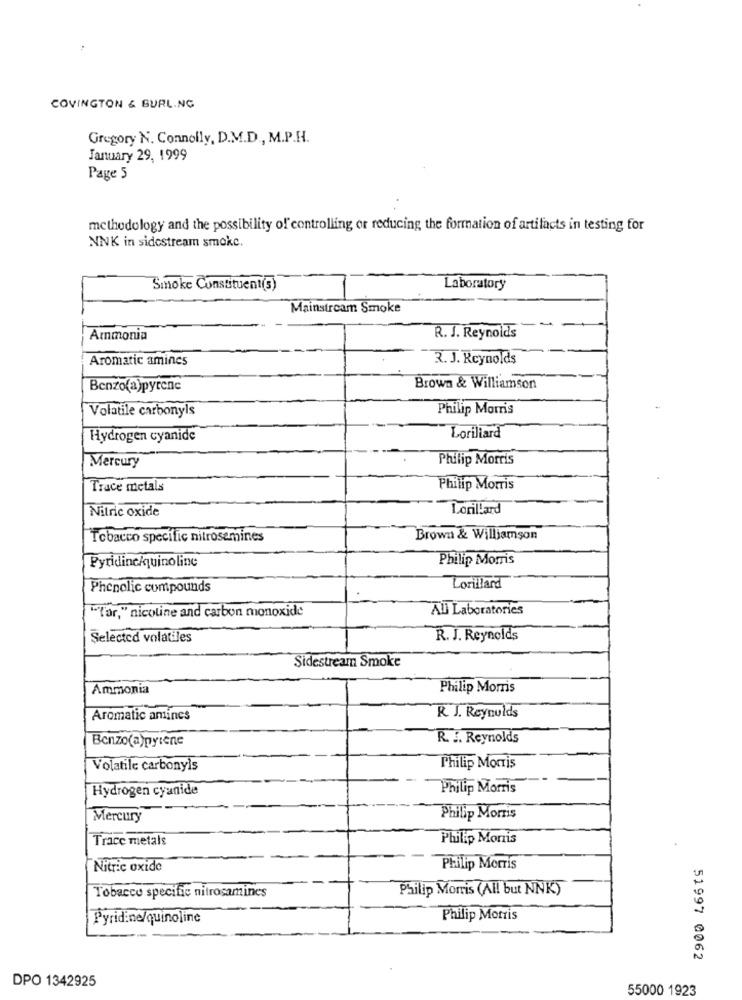
COVINGTON & BURLING
Gregory N. Connolly, D.M.D ., M.P.H.
January 29, 1999
Page 5
methodology and the possibility of controlling or reducing the formation of artifacts in testing for
NNK in sidestream smoke.
Smoke Constituent(s)
Laboratory
Mainstream Smoke
-
Ammonia
R. J. Reynolds
Aromatic amines
3. J. Reynolds
Benzo(a)pyrene
Brown & Williamson
Volatile carbonyls
Philip Morris
Hydrogen cyanide
Lorillard
Philip Morris
Mercury
Trace metals
Philip Morris
Lorillard
Nitric oxide
Tobacco specific nitrosemines
Brown & Williamson
Philip Morris
Pyridinchquinoline
Phenolic compounds
Lorillard
All Laboratories
"or," nicotine and carbon monoxide
Selected volatiles
R. J. Reynolds
Sidestream Smoke
Ammonia
Philip Morris
Aromatic amines
R. J. Reynolds
Benzo(a)pyrene
R. J. Reynolds
Volatile carbonyls
Philip Morris
Hydrogen cyanide
Philip Morris
Mercury
Philip Morris
Trace metals
Philip Monis
Nitric oxide
Philip Morris
Philip Morris (All but NNK)
Tobacco specific nitrosamines
Pyridine/quinoline
Philip Morris
51997 0062
DPO 1342925
55000 1923